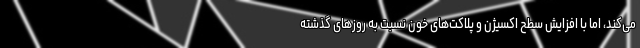
می‌کند، اما با افزایش سطح اکسیژن و پلاکت‌های خون نسبت به روزهای گذشته